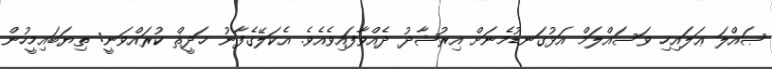
ޞައްލަ ޢަލައިހި ވަސައްލަމް އަޅުގަނޑުމެނަށް އިރުޝާދު ދެއްވާފައިވެއެވެ. އެކަލޭގެފާނު ޚަދީޘް ކުރައްވަނީ: ތިޔަބައިމީހުން